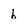
Character: b